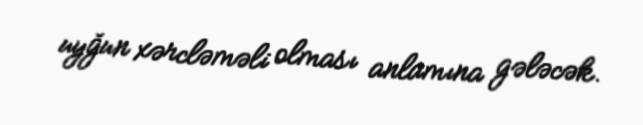
uyğun xərcləməli olması anlamına gələcək.